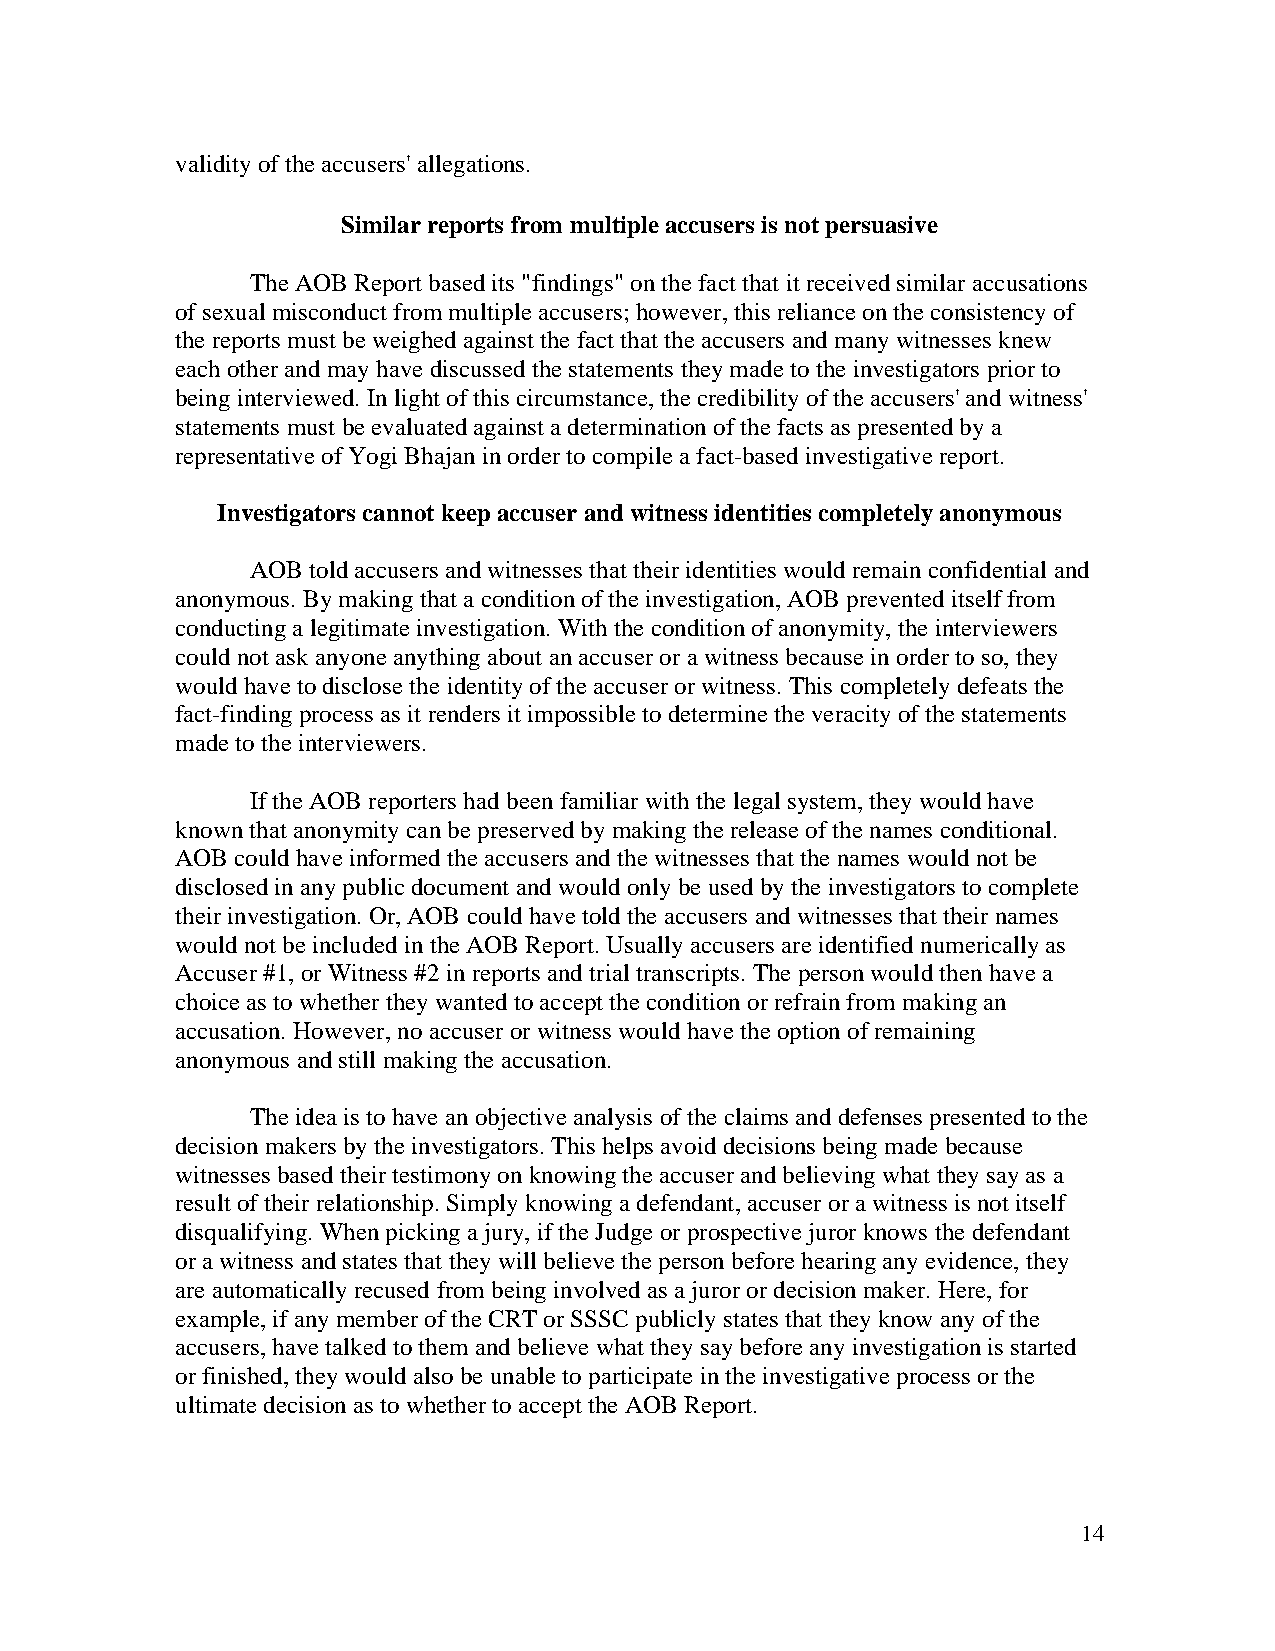
validity of the accusers' allegations.
 Similar reports from multiple accusers is not persuasive
 The AOB Report based its "findings" on the fact that it received similar accusations
 of sexual misconduct from multiple accusers; however, this reliance on the consistency of
 the reports must be weighed against the fact that the accusers and many witnesses knew
 each other and may have discussed the statements they made to the investigators prior to
 being interviewed. In light of this circumstance, the credibility of the accusers' and witness'
 statements must be evaluated against a determination of the facts as presented by a
 representative of Yogi Bhajan in order to compile a fact-based investigative report.
 Investigators cannot keep accuser and witness identities completely anonymous
 AOB told accusers and witnesses that their identities would remain confidential and
 anonymous. By making that a condition of the investigation, AOB prevented itself from
 conducting a legitimate investigation. With the condition of anonymity, the interviewers
 could not ask anyone anything about an accuser or a witness because in order to so, they
 would have to disclose the identity of the accuser or witness. This completely defeats the
 fact-finding process as it renders it impossible to determine the veracity of the statements
 made to the interviewers.
 If the AOB reporters had been familiar with the legal system, they would have
 known that anonymity can be preserved by making the release of the names conditional.
 AOB could have informed the accusers and the witnesses that the names would not be
 disclosed in any public document and would only be used by the investigators to complete
 their investigation. Or, AOB could have told the accusers and witnesses that their names
 would not be included in the AOB Report. Usually accusers are identified numerically as
 Accuser #1, or Witness #2 in reports and trial transcripts. The person would then have a
 choice as to whether they wanted to accept the condition or refrain from making an
 accusation. However, no accuser or witness would have the option of remaining
 anonymous and still making the accusation.
 The idea is to have an objective analysis of the claims and defenses presented to the
 decision makers by the investigators. This helps avoid decisions being made because
 witnesses based their testimony on knowing the accuser and believing what they say as a
 result of their relationship. Simply knowing a defendant, accuser or a witness is not itself
 disqualifying. When picking a jury, if the Judge or prospective juror knows the defendant
 or a witness and states that they will believe the person before hearing any evidence, they
 are automatically recused from being involved as a juror or decision maker. Here, for
 example, if any member of the CRT or SSSC publicly states that they know any of the
 accusers, have talked to them and believe what they say before any investigation is started
 or finished, they would also be unable to participate in the investigative process or the
 ultimate decision as to whether to accept the AOB Report.
 14